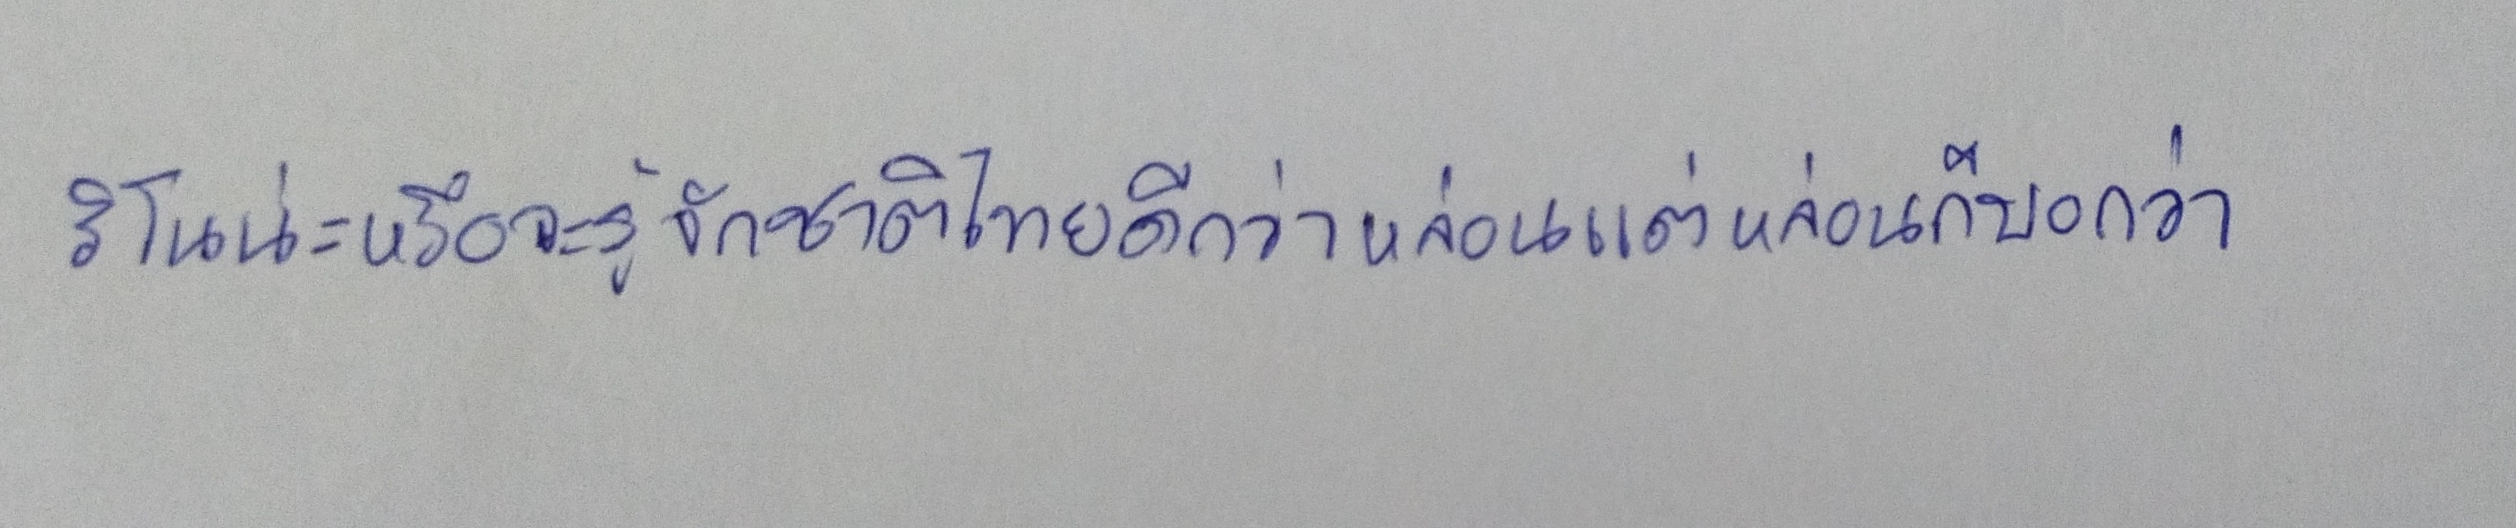
รีโนน่ะหรือจะรู้จักชาติไทยดีกว่าหล่อนแต่หล่อนก็บอกว่า